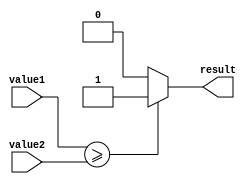
module greater_than_equal_to_comparator(
    input signed [7:0] value1,
    input signed [7:0] value2,
    output reg result
);

always @ (value1 or value2) begin
    if(value1 >= value2) begin
        result <= 1;
    end else begin
        result <= 0;
    end
end

endmodule